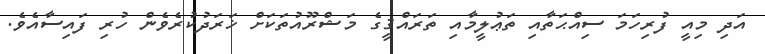
އަދި މިއީ ފުރިހަމަ ސިއްޙަތާއި ތަޢުލީމާއި ތަރައްޤީގެ މަޝްރޫއުތަކަށް ޚަރަދުކުރެވެން ހުރި ފައިސާއެވެ.